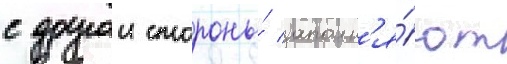
с другои стороны́ заполн'я́ют